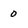
Character: 0